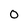
Character: 0